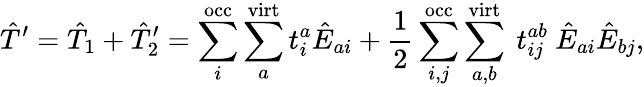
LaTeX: {\hat{T}^{\prime}=\hat{T}_{1}+\hat{T}_{2}^{\prime}=\sum_{i}^{\mathrm{occ}}\sum_{a}^{\mathrm{virt}}t_{i}^{a}\hat{E}_{ai}+\frac{1}{2}\sum_{i,j}^{\mathrm{occ}}\sum_{a,b}^{\mathrm{virt}}~t_{ij}^{ab}~\hat{E}_{ai}\hat{E}_{bj}},